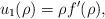
LaTeX: \begin{align*}u_1(\rho)=\rho f'(\rho),\end{align*}